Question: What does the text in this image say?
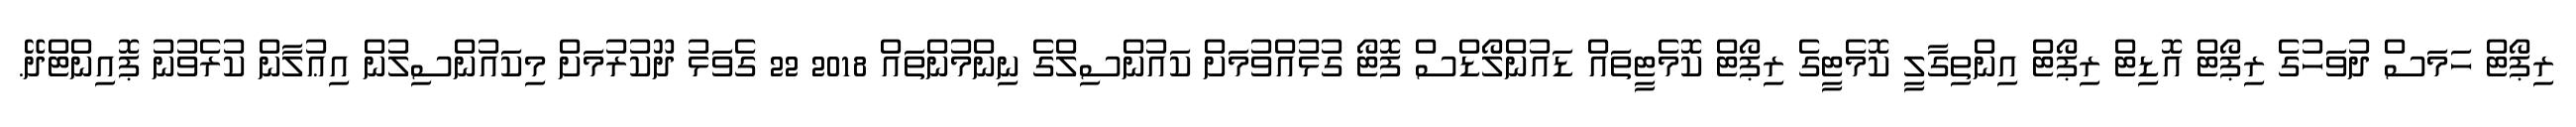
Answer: ރިޕޯޓް ހަމަސް ދުވަހުގެ ރިޕޯޓް އޮޑިޓް ރިޕޯޓް އިންތިގާލީ ކޮމެޓީގެ ރިޕޯޓް ކޮމެޓީތައް ޑައުންލޯޑްސް ފޮޓޯ ގުޅުއްވުމަށް ކައުންސިލްގެ ނިންމުންތައް 2018 22 ގެވަޅު ދޫކުރުމަށް މިކައުންސިލުން އިޢުލާން ކުރެވުނު ޕޮއިންޓްދޭ.